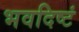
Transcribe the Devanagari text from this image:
भवदिष्टं